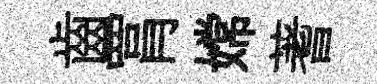
齒罥嫦蓍